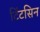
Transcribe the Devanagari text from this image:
टिंटसिन